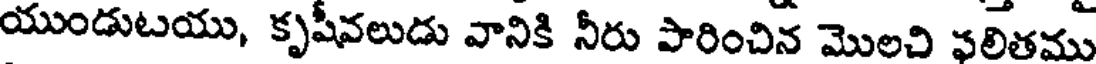
యుండుటయు, కృషీవలుడు వానికి నీరు పారించిన మొలచి ఫలితము